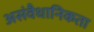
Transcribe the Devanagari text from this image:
असंवैधानिकता